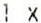
1 X